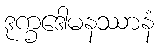
ဒုက္ခဒေါမနဿာနံ